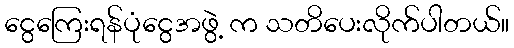
ငွေကြေးရန်ပုံငွေအဖွဲ့ က သတိပေးလိုက်ပါတယ်။